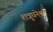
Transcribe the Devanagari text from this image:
शत्रुघनेश्वर